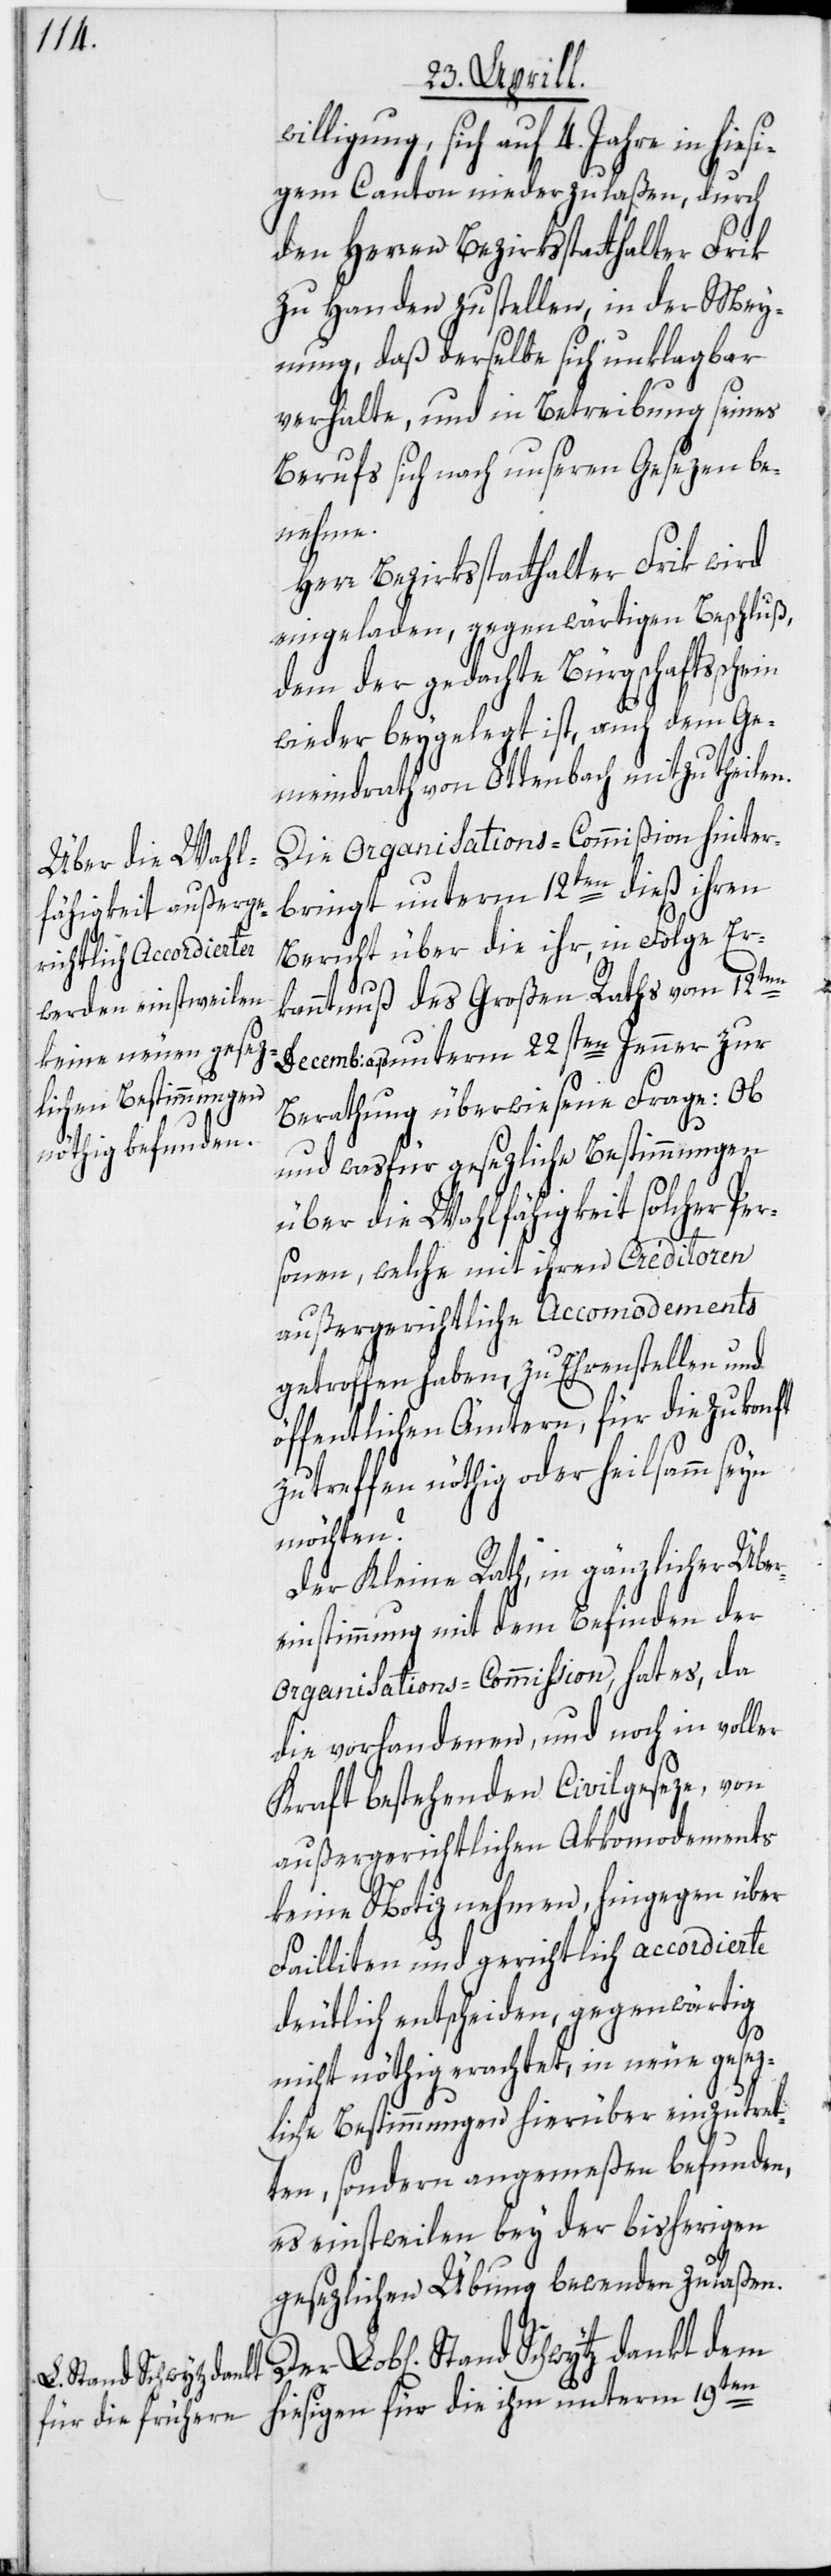
Stand Schwytz dankt

sich auf 4. Jahre in hies¬
igem Canton niederzulaßen, durch
den Herren Bezirksstatthalter Frik
zu Handen zu stellen, in der Mey¬
nung, daß derselbe sich unklagbar
verhalte, und in Betreibung seines
Berufs sich nach unseren Gesezen be¬
nehme.
Herr Bezirksstatthalter Frik wird
eingeladen, gegenwärtigen Beschluß,
dem der gedachte Bürgschaftssche¬
wieder beygelegt ist, auch dem Ge¬
meindrath von Ottenbach mitzutheilen.
Die Organisations-Commißion hinter¬
bringt unterm 12ten dieß ihren
Bericht über die ihr, in Folge Er¬
kanntnuß des Großen Raths vom 12ten
Decemb: a. p. unterm 22sten Jenner zur
Berathung überwiesene Frage: Ob
und was für gesezliche Bestimmungen
über die Wahlfähigkeit solcher Per¬
sonen, welche mit ihren Créditoren
außergerichtliche Accomodements
getroffen haben, zu Ehrenstellen und
öffentlichen Ämtern, für die Zukonft
treffen nöthig oder heilsamm
möchten?
Der Kleine Rath, in gänzlicher Übe¬
reinstimmung mit dem Befinden der
Organisations-Commission, hat es, da
die vorhandenen, und noch in voller
in
Kraft bestehenden Civilgeseze, von
außergerichtlichen Akkomodements
keine Notiz nehmen, hingegen über
Failliten und gerichtlich accordierte
deutlich entscheiden, gegenwärtig
nicht nöthig erachtet, in neue gesez¬
liche Bestimmungen hierüber einzutret¬
ten, sondern angemeßen befunden,
es einstweilen bey der bisherigen
gesezlichen Übung bewenden zu laßen.
hiesigen für die ihm unterm 19ten